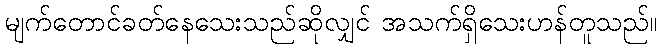
မျက်တောင်ခတ်နေသေးသည်ဆိုလျှင် အသက်ရှိသေးဟန်တူသည်။